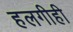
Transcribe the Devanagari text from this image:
हलगीही